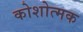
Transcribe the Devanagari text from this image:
कोशोत्मक